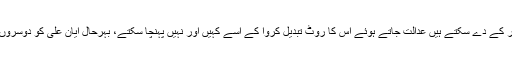
ایان علی ٹھہری صنف نازک ، اس سے کام لینے والے اسے وکیل تو بڑا کر کے دے سکتے ہیں عدالت جاتے ہوئے اس کا روٹ تبدیل کروا کے اسے کہیں اور نہیں پہنچا سکتے، بہرحال ایان علی کو دوسروں کے لیے سبق بنایا جا رہا ہے تاکہ سند رہے اور بوقت ضرورت کام آئے۔